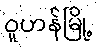
ဝူဟန်မြို့